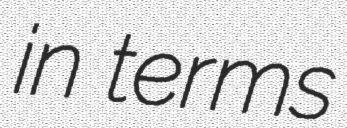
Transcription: in terms